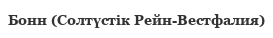
Бонн (Солтүстік Рейн-Вестфалия)